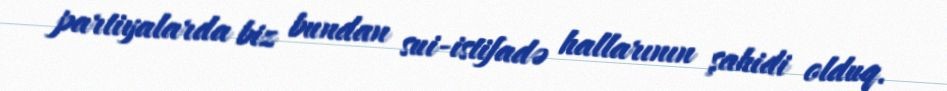
partiyalarda biz bundan sui-istifadə hallarının şahidi olduq.